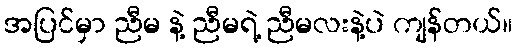
အပြင်မှာ ညီမ နဲ့ ညီမရဲ့ ညီမလးနဲ့ပဲ ကျန်တယ်။